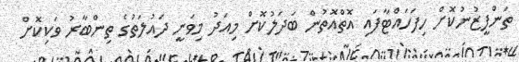
ތަންފީޒުނުކޮށް ހިފަހައްޓާފައި އޮތްއޮތުން ބަދަލުކޮށް މިއަދު މިވަނީ ދައުލަތުގެ ތިންބާރު ވަކިކޮށް